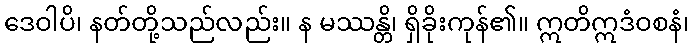
ဒေဝါပိ၊ နတ်တို့သည်လည်း။ န မဿန္တိ၊ ရှိခိုးကုန်၏။ ဣတိဣဒံဝစနံ၊